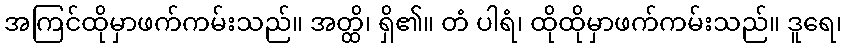
အကြင်ထိုမှာဖက်ကမ်းသည်။ အတ္ထိ၊ ရှိ၏။ တံ ပါရံ၊ ထိုထိုမှာဖက်ကမ်းသည်။ ဒူရေ၊